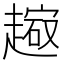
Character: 𧽔